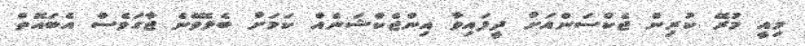
މިއީ މުރޭ ކުރިން ޖެކްސަންއަށް ދީފައިވާ އިންޖެކްޝަނެއް ކަމަށް ބެލެވޭނެ ޖާގަވެސް އެބައޮތް